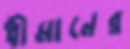
ধীমানের